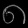
Digit: ၈